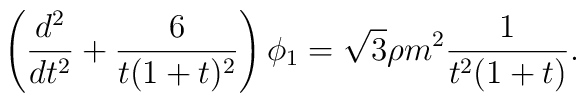
\left(\frac{d^2}{dt^2}+\frac{6}{t(1+t)^2}\right)\phi_1=\sqrt{3}\rho m^2  \frac{1}{t^2(1+t)}.